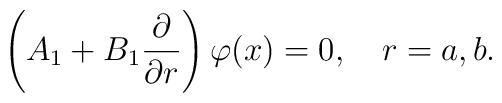
\left( A_{1}+B_{1}\frac{\partial }{\partial r}\right) \varphi(x)=0,\quad r=a,b.